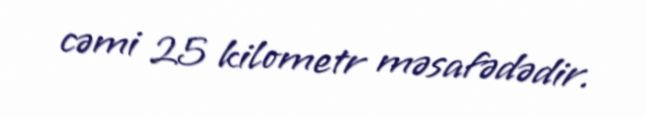
cəmi 25 kilometr məsafədədir.